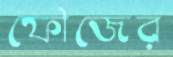
ফৌজের